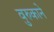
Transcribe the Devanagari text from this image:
वुरुकाने